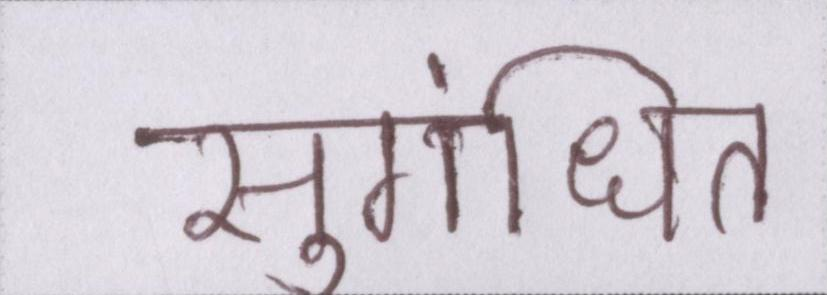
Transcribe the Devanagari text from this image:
सुगंधित